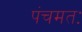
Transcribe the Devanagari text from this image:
पंचमतः